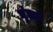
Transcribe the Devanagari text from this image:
मुंडाने